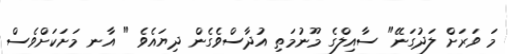
މަ ވަރަށް ލަދުގަނޭ" ސާއިލްގެ މޫނުމަތި އުދާސްވެގެން ދިޔައެވެ " އާނ މަށަކަށްވެސް